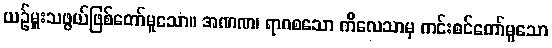
ယဉ်မှူးသဖွယ်ဖြစ်တော်မူသော။ အဏဏ၊ ရာဂစသော ကိလေသာမှ ကင်းစင်တော်မူသော